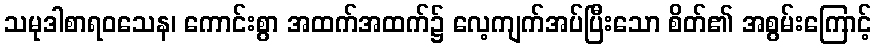
သမုဒါစာရဝသေန၊ ကောင်းစွာ အထက်အထက်၌ လေ့ကျက်အပ်ပြီးသော စိတ်၏ အစွမ်းကြောင့်